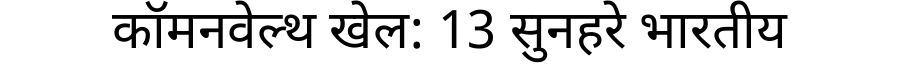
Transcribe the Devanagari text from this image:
कॉमनवेल्थ खेल: 13 सुनहरे भारतीय